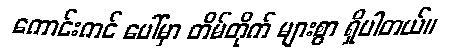
ကောင်းကင် ပေါ်မှာ တိမ်တိုက် များစွာ ရှိပါတယ်။